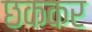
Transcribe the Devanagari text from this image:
छककर